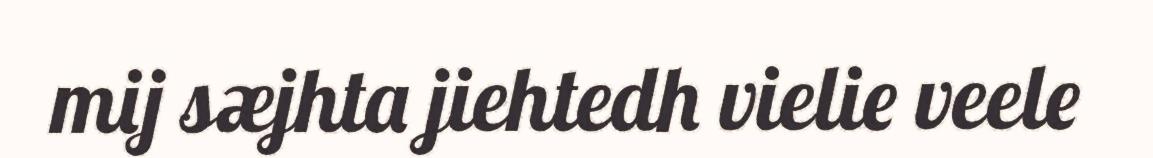
mij sæjhta jiehtedh vielie veele